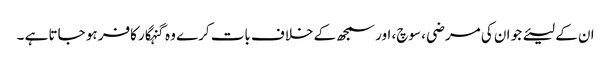
ان کے لیئے جو ان کی مرضی ، سوچ، اور سمجھ کے خلاف بات کرے وہ گنہگار کافر ہو جاتا ہے ۔